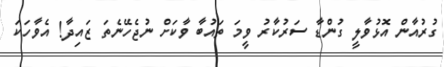
ގުރުއާން އޮޅުވާލީ ގުންޑާ ސަރުކާރު ވީމަ ތައުބާ ވާކަށް ނުޖެހޭނެތަ ޒައިދާ! އެވާހަކަ